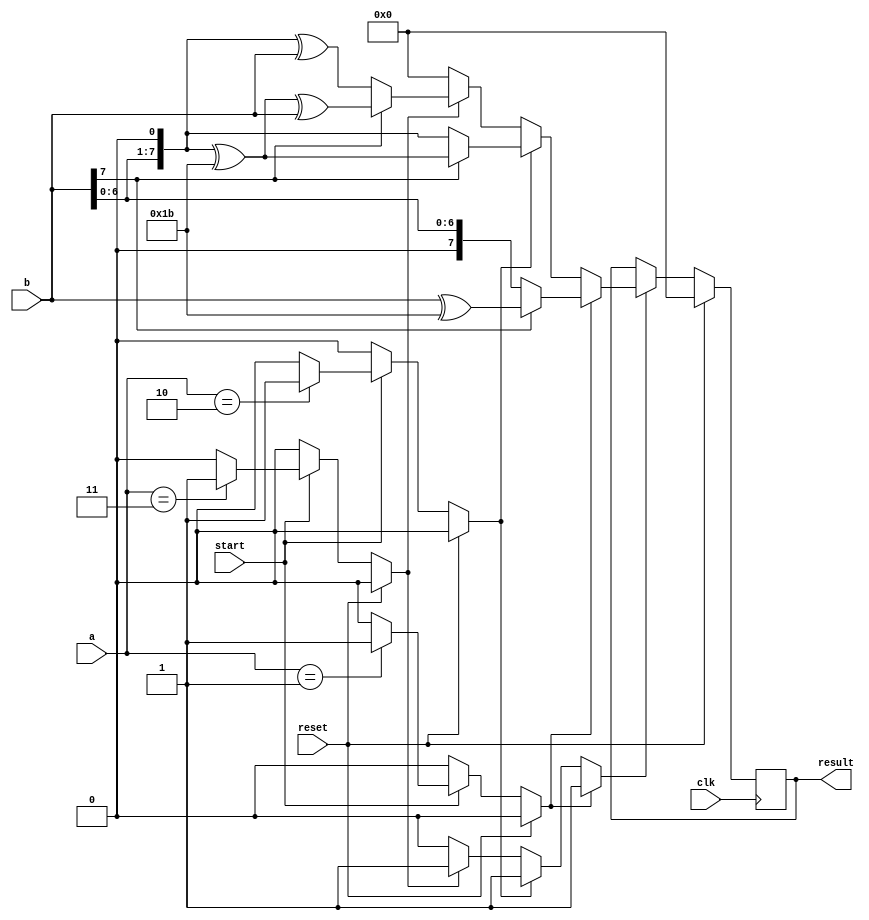
`timescale 1ns / 1ps
//////////////////////////////////////////////////////////////////////////////////
// Company: Private
// 
// Design Name: 
// Module Name: bit_8_crypto_mul
// Project Name: 
// Target Devices: 
// Tool Versions: 
// Description: 
// 
// Dependencies: 
// 
// Revision:
// Revision 0.01 - File Created
// Additional Comments:
// 
//////////////////////////////////////////////////////////////////////////////////


module bit_8_crypto_mul(
                            input [7:0] a, b,
                            input clk,
                            input reset,
                            input start,
                            output reg [7:0] result
    );
    
    (*keep = "true"*)reg [7:0] temp_result = {8{1'b0}};
    (*keep = "true"*)reg delay_cntr_en = 1'b0, compute_2 = 1'b0, compute_3 = 1'b0, load_result = 1'b0;
    
    localparam gnd = 1'b0;
    
    //combinational logic to check the value of the filter.
    always @(*) begin
        if(reset) begin
            delay_cntr_en = 1'b0;
            compute_2 = 1'b0;
            compute_3 = 1'b0;
        end
        else begin
            if(start) begin
                case(a)
                    8'b00000001: begin
                        compute_2 = 1'b0;
                        compute_3 = 1'b0;
                        delay_cntr_en = 1'b1;
                    end
                    8'b00000010: begin
                        delay_cntr_en = 1'b0;
                        compute_2 = 1'b1;
                        compute_3 = 1'b0;
                    end
                    8'b00000011: begin
                        delay_cntr_en = 1'b0;
                        compute_2 = 1'b0;
                        compute_3 = 1'b1;
                    end
                    default: begin
                        delay_cntr_en = 1'b0;
                        compute_2 = 1'b0;
                        compute_3 = 1'b0;
                    end
                endcase
            end
            else begin
                delay_cntr_en = 1'b0;
                compute_2 = 1'b0;
                compute_3 = 1'b0;
            end
        end
    end
    
    always @(*) begin
        load_result = 1'b0;
        temp_result = {8{1'b0}};
        
        if(delay_cntr_en) begin
            if(b[7]) begin
                temp_result = b ^ 8'b00011011;
                load_result = 1'b1;
            end
            else begin
                temp_result = b;
                load_result = 1'b1;
            end
        end
        else if(compute_2) begin
            if(b[7]) begin
                temp_result = {b[6:0],1'b0} ^ 8'b00011011;
                load_result = 1'b1;
            end
            else begin
                temp_result = {b[6:0],1'b0};
                load_result = 1'b1;
            end
        end
        else if(compute_3) begin
            if(b[7]) begin
                temp_result = {b[6:0],1'b0} ^ 8'b00011011 ^ b;
                load_result = 1'b1;
            end
            else begin
                temp_result = {b[6:0],1'b0} ^ b;
                load_result = 1'b1;
            end
        end
    end
    
    always @(posedge clk) begin
        if(reset) begin
            result <= {8{1'b0}};
        end
        else begin
            if(load_result) begin
                result <= temp_result;
            end
            else begin
                result <= result;
            end
        end
    end
endmodule